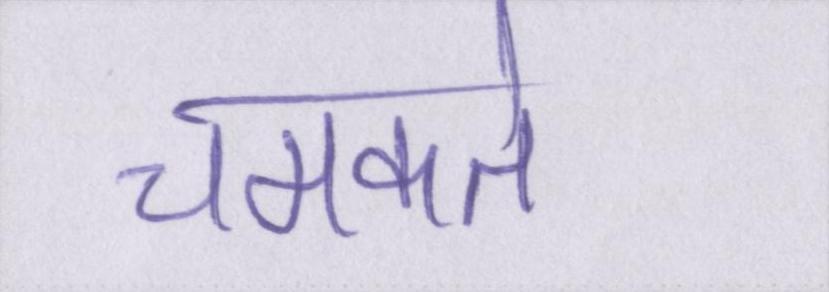
चमकते